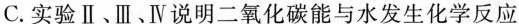
C.实验Ⅱ、Ⅲ、Ⅳ说明二氧化碳能与水发生化学反应